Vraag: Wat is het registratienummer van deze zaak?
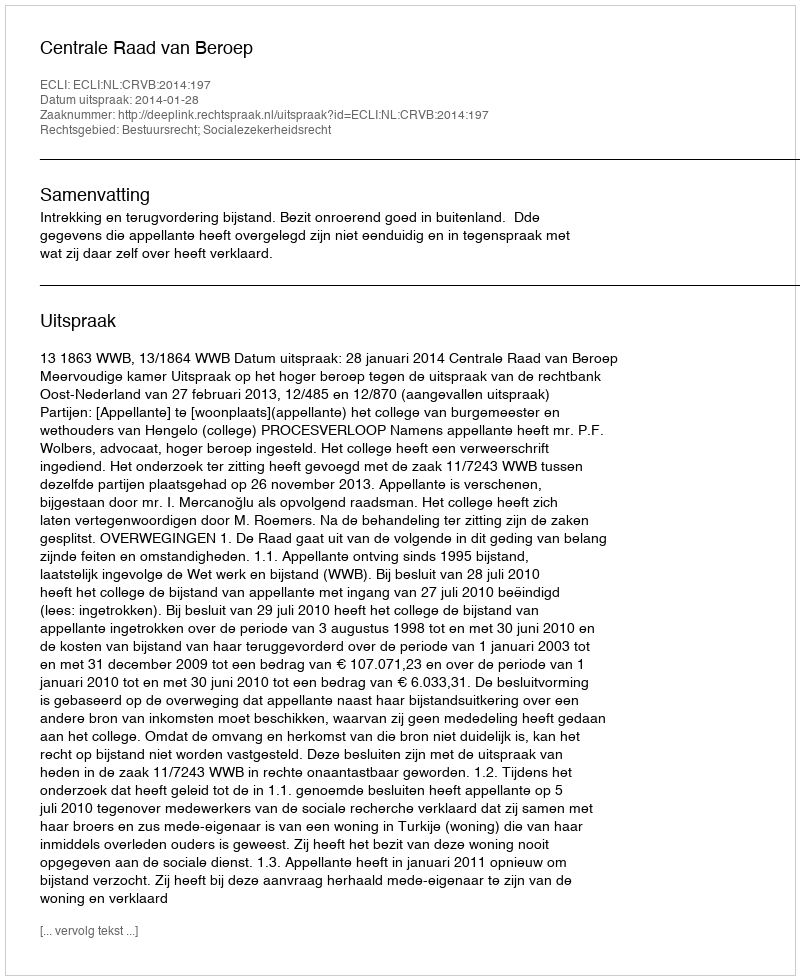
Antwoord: http://deeplink.rechtspraak.nl/uitspraak?id=ECLI:NL:CRVB:2014:197